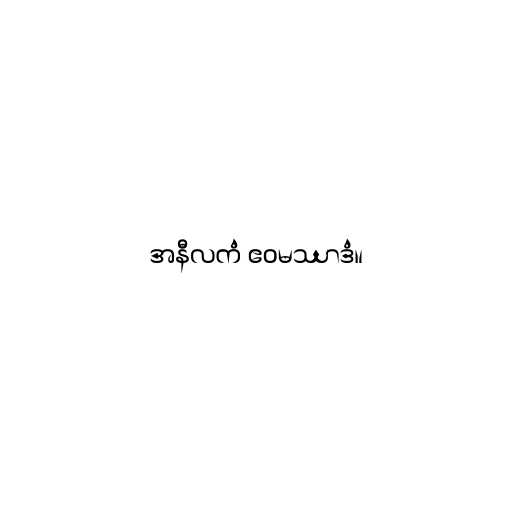
အနီလကံ ဧဝမဿာဒံ။